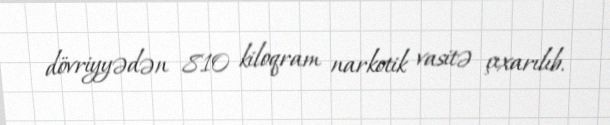
dövriyyədən 810 kiloqram narkotik vasitə çıxarılıb.